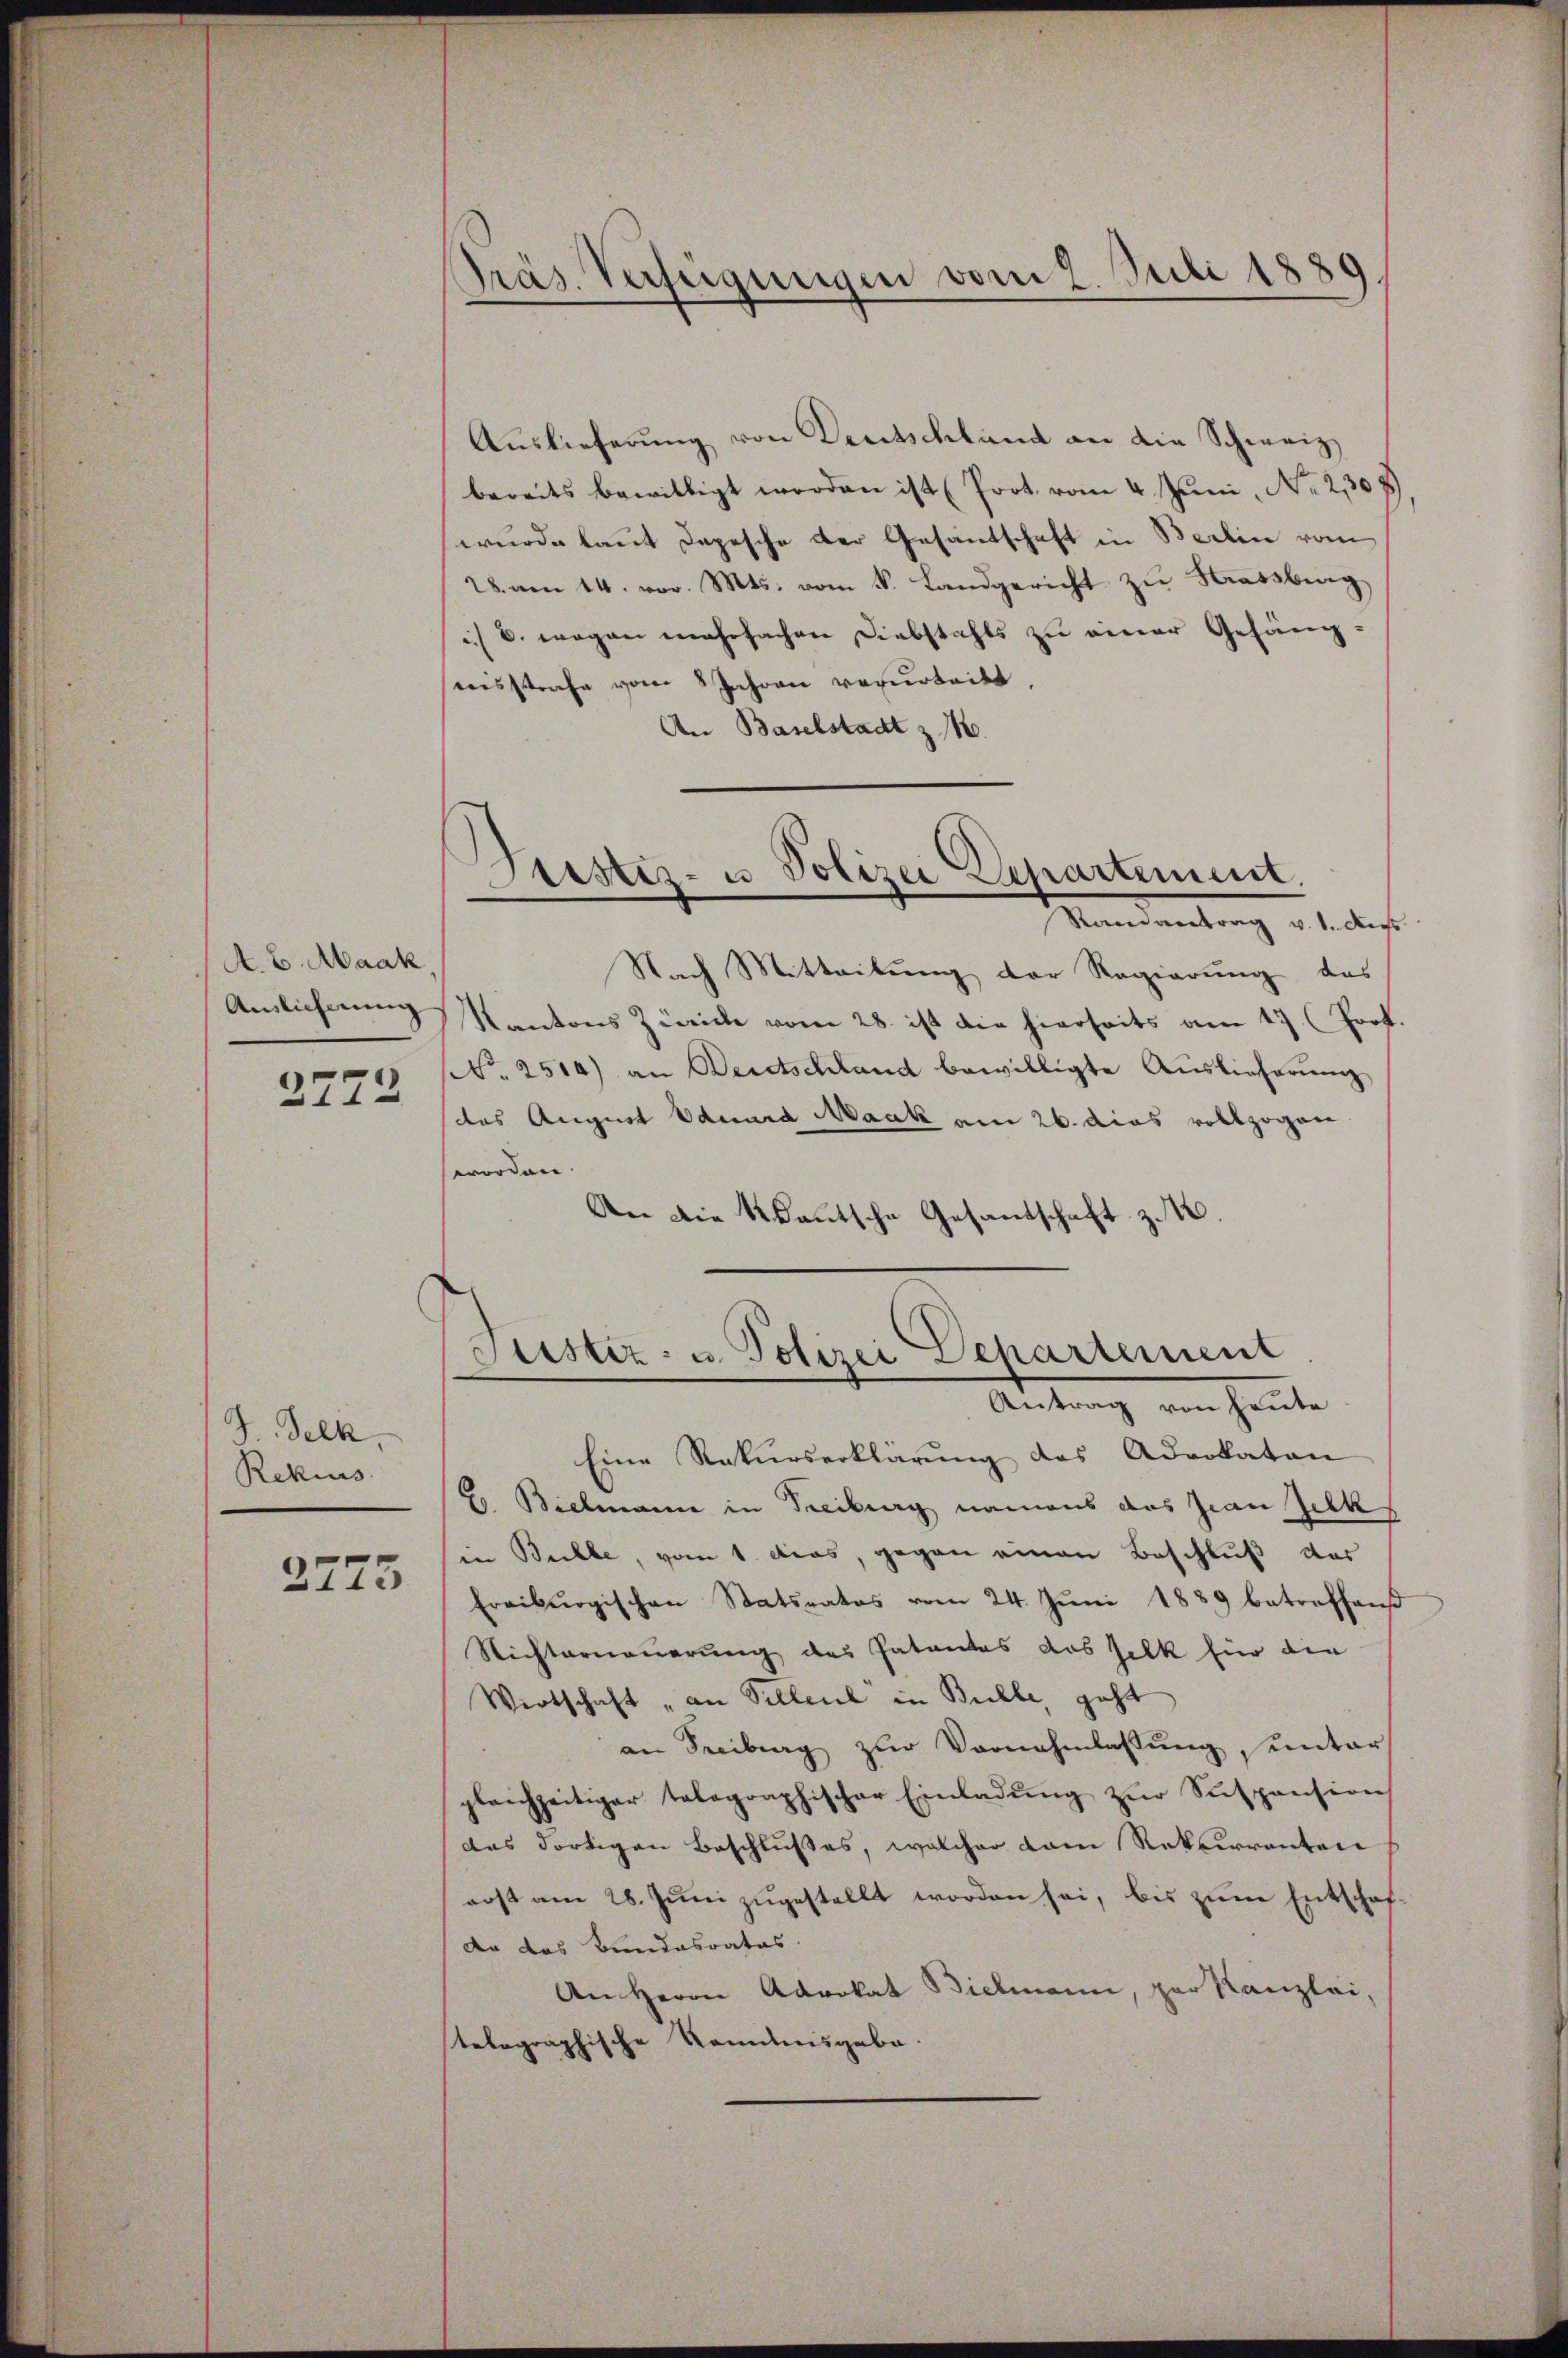
A. B. Aaak,
Auslicherung

2772

J. Selk
Rekurs

2775

Aŭslieferŭng von Deutschland an die Schweiz
bereits bewilligt worden ist (Prot. vom 4. Juni, No 2,308)
wurde kannt Depesche der Gesandschaft in Berlin vom
vam 14. vor. Mts. vom k. Landgericht zu Strassberg,
/ B. wegen mehrfachen Diebstahls zu einer Gefängensstrafe vom 8 Jahren verurteilt,
An Baselstadt z. B.

Präs. Verfügungen vom 2. Juli 1880

Sistiz- u. Polizei Departement.
Ramantrag v. 1. Aus

Nach Mitteilung der Regierung des
Kantons Zürich vom 28. ist die hierseits am 17. (Prot.
No. 2514) an Bertschland bewilligte Aŭslieferŭng
das August Eduard Maak am 26. dies vollzogen
worden
An die Kautsche Gesandschaft z. K.

Justiz- u. Polizei Departement
Antrag von heute

Eine Rekurserklärung des Advokaten
Hr. Bielmann in Freiburg namens das Jean Zick
in Bichle, vom 1. das, gegen einen Beschluß das
Freiburgischen Statsrates vom 24. Juni 1889 betreffend
Nichterneuerung des Patantas das felk für die
Wirtschaft „an Pillene in Bulle geht
an Freibung zŭr Vornahmlassŭng, unter
gleichzeitiger telegraphischer Einladŭng zŭr Suspension
das dortigen Beschlußes, welcher dem Rekurrenten
erst am 28. Jŭni zugestellt worden sei, bis zum Entschaf
dr das Kindesrates.
An Herrn Advokat Bielmann, par Kanzlei,
telegraphische Nominisgabe.